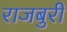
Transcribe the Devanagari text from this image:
राजबुरी